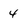
Character: 4